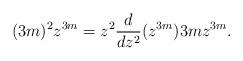
LaTeX: \begin{align*}(3m)^2z^{3m} = z^2\frac{d}{dz^2}(z^{3m}) 3mz^{3m}. \end{align*}